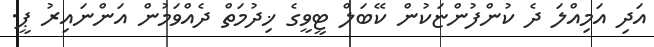
އަދި އަމިއްލަ ދެ ކުންފުންޏަކުން ކޭބަލް ޓީވީގެ ޚިދުމަތް ދެއްވަމުން އަންނައިރު ޕީ.